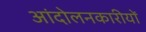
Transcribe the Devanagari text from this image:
आंदोलनकारीयों